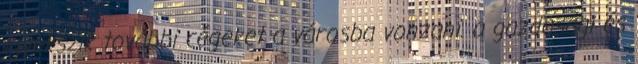
igyekszik további cégeket a városba vonzani. a gazdasági és